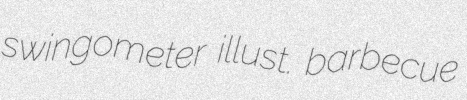
swingometer illust. barbecue